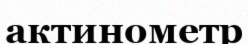
актинометр